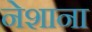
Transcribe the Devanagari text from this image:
नेशाना